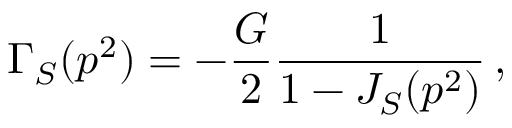
\Gamma _ { S } ( p ^ { 2 } ) = - { \frac { G } { 2 } } { \frac { 1 } { 1 - J _ { S } ( p ^ { 2 } ) } } \, ,